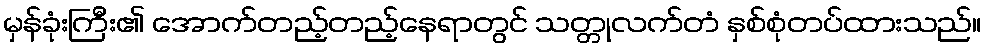
မှန်ခုံးကြီး၏ အောက်တည့်တည့်နေရာတွင် သတ္တုလက်တံ နှစ်စုံတပ်ထားသည်။